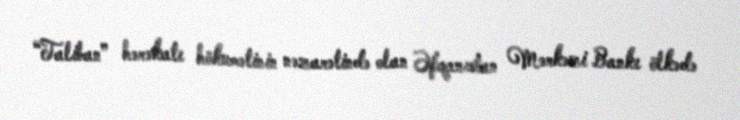
“Taliban” hərəkatı hökumətinin nəzarətində olan Əfqanıstan Mərkəzi Bankı ölkədə